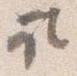
取